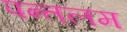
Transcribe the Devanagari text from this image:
पन्तलम